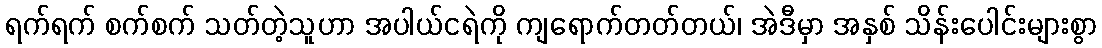
ရက်ရက် စက်စက် သတ်တဲ့သူဟာ အပါယ်ငရဲကို ကျရောက်တတ်တယ်၊ အဲဒီမှာ အနှစ် သိန်းပေါင်းများစွာ